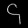
Digit: ၄